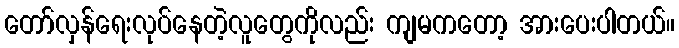
တော်လှန်ရေးလုပ်နေတဲ့လူတွေကိုလည်း ကျမကတော့ အားပေးပါတယ်။